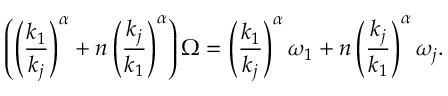
\left( \left( \frac { k _ { 1 } } { k _ { j } } \right) ^ { \alpha } + n \left( \frac { k _ { j } } { k _ { 1 } } \right) ^ { \alpha } \right) \Omega = \left( \frac { k _ { 1 } } { k _ { j } } \right) ^ { \alpha } \omega _ { 1 } + n \left( \frac { k _ { j } } { k _ { 1 } } \right) ^ { \alpha } \omega _ { j } .